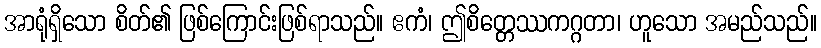
အာရုံရှိသော စိတ်၏ ဖြစ်ကြောင်းဖြစ်ရာသည်။ ဧကံ၊ ဤစိတ္တေဿကဂ္ဂတာ၊ ဟူသော အမည်သည်။